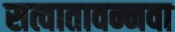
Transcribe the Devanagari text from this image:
सत्वातावन्नवा